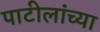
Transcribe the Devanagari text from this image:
पाटीलांच्या